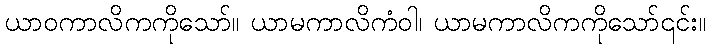
ယာဝကာလိကကိုသော်။ ယာမကာလိကံဝါ၊ ယာမကာလိကကိုသော်၎င်း။